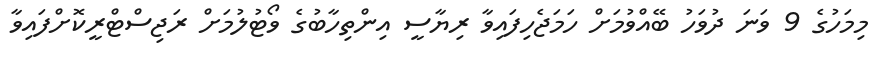
މިމަހުގެ 9 ވަނަ ދުވަހު ބޭއްވުމަށް ހަމަޖެހިފައިވާ ރިޔާސީ އިންތިހާބުގެ ވޯޓުލުމަށް ރަޖިސްޓްރީކޮށްފައިވާ